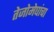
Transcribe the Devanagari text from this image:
तेजोमेघांचा